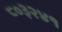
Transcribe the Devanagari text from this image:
८०३२४१